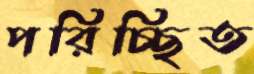
পরিচ্ছিত